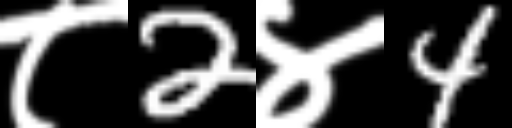
Text: ८2४4